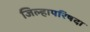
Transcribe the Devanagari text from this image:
जिल्हापरिषदा